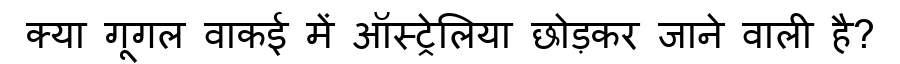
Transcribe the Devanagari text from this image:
क्या गूगल वाकई में ऑस्ट्रेलिया छोड़कर जाने वाली है?